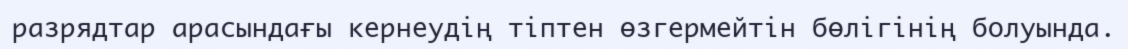
разрядтар арасындағы кернеудің тіптен өзгермейтін бөлігінің болуында.